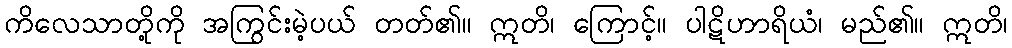
ကိလေသာတို့ကို အကြွင်းမဲ့ပယ် တတ်၏။ ဣတိ၊ ကြောင့်။ ပါဋိဟာရိယံ၊ မည်၏။ ဣတိ၊